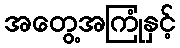
အတွေ့အကြုံနှင့်